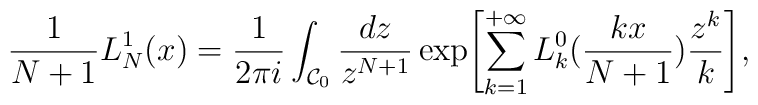
\frac{1}{N+1}{L^{1}_{N}}(x)=\frac{1}{2\pi i}\int_{{\cal C}_0}\frac{dz}{z^{N+1}}\exp\Biggl[\sum_{k=1}^{+\infty}L^{0}_{k}(\frac{kx}{N+1})\frac{z^k}{k}\Biggr],